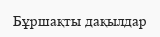
Бұршақты дақылдар